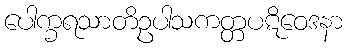
ပေါက္ခရသာတိဥပါသကတ္တပဋိဝေဒနာ